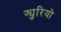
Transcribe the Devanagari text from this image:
फ्युरियो